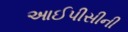
આઈપીસીની